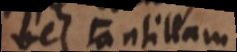
vel contillam